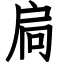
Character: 扃